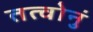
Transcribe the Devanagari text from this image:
तत्वोनुं